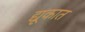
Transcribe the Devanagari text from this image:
द्यूकात